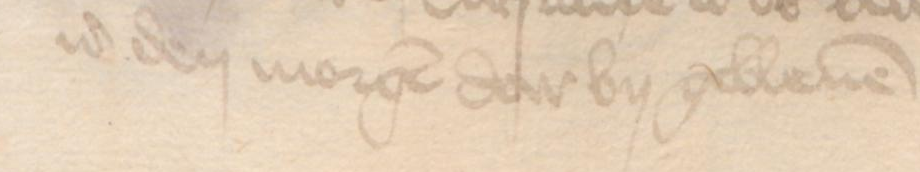
id den morgen da by gebleuen